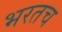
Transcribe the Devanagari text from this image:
भरतच